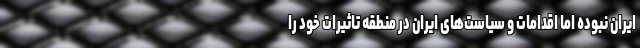
ایران نبوده اما اقدامات و سیاست‌های ایران در منطقه تاثیرات خود را